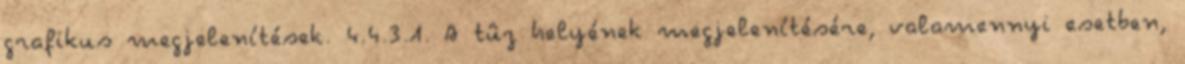
grafikus megjelenítések. 4.4.3.1. A tûz helyének megjelenítésére, valamennyi esetben,